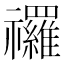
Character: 𮂩